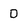
Character: D